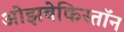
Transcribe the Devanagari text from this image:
ओझबेकिस्तॉन